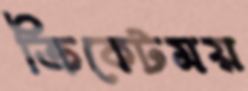
ক্রিকেটময়